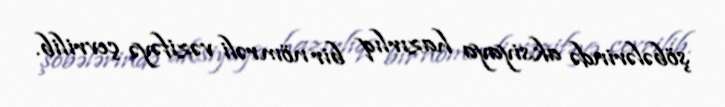
şöbələrində aksiyaya hazırlıq bir nömrəli vəzifəyə çevrilib.